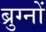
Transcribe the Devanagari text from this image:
ब्रुग्नों